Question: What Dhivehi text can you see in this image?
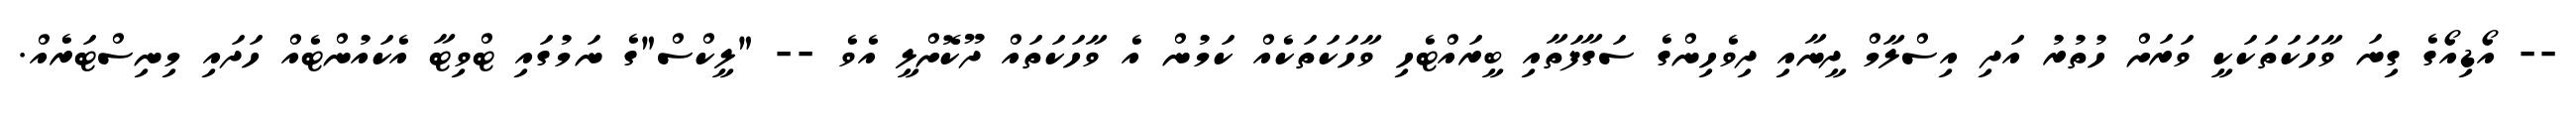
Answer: -- އޯޑިއޯގެ ގިނަ ވާހަކަތަކަކީ ވަރަށް ހުތުރު އަދި އިސްލާމް ދީނާއި ދިވެހިންގެ ސަގާފަތާއި ބީރައްޓެހި ވާހަކަތަކެއް ކަމުން އެ ވާހަކަތައް ދޫކޮށްލީ އެވެ -- "ލީކްސް"ގެ ނަމުގައި ޓްވިޓާ އެކައުންޓެއް ހަދައި މިނިސްޓަރެއް.